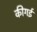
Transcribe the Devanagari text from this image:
कीगई